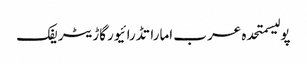
پولیسمتحدہ عرب اماراتڈرائیورگاڑیٹریفک